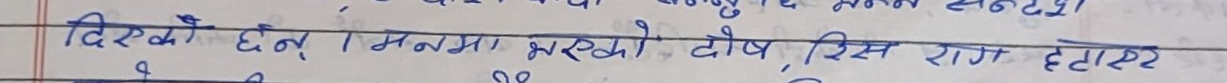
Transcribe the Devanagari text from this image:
दिएको छन् । मनमा भरिएको दोष, रिस राग हटाएर